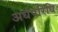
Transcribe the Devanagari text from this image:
अर्धपरिधि